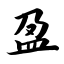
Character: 盈